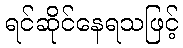
ရင်ဆိုင်နေရသဖြင့်